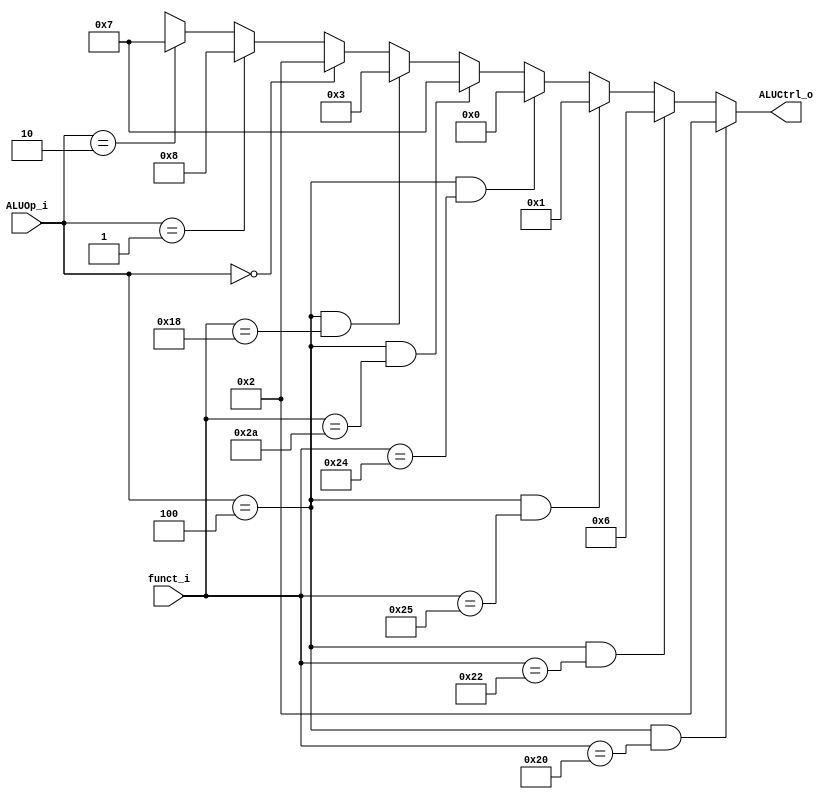
//109550073
//Subject:     CO project 2 - ALU Controller
//--------------------------------------------------------------------------------
//Version:     1
//--------------------------------------------------------------------------------
//Writer:      
//----------------------------------------------
//Date:        
//----------------------------------------------
//Description: 
//--------------------------------------------------------------------------------

module ALU_Ctrl(
    funct_i,
    ALUOp_i,
    ALUCtrl_o
);
          
//I/O ports 
input      [6-1:0] funct_i;
input      [3-1:0] ALUOp_i;

output     [4-1:0] ALUCtrl_o;    
     
//Internal Signals
reg        [4-1:0] ALUCtrl_o;

//Parameter
always@(*) begin
    ALUCtrl_o <= (ALUOp_i == 3'b100 && funct_i == 6'b100000)? 4'b0010: //add 
                   (ALUOp_i == 3'b100 && funct_i == 6'b100010)? 4'b0110: //sub
                   (ALUOp_i == 3'b100 && funct_i == 6'b100101)? 4'b0001: //or    
                   (ALUOp_i == 3'b100 && funct_i == 6'b100100)? 4'b0000: //and 
                   (ALUOp_i == 3'b100 && funct_i == 6'b101010)? 4'b0111: //slt 
                   (ALUOp_i == 3'b100 && funct_i == 6'b011000)? 4'b0011: //mult  
                   (ALUOp_i == 3'b000)? 4'b0010:  //addi lw sw
                   (ALUOp_i == 3'b001)? 4'b1000:
                   (ALUOp_i == 3'b010)? 4'b0111:4'bxxxx; //slt
       
//Select exact operation
end
endmodule